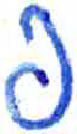
אות: פ